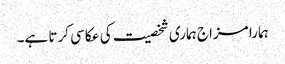
ہمارا مزاج ہماری شخصیت کی عکاسی کرتا ہے۔